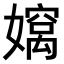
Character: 𫲄